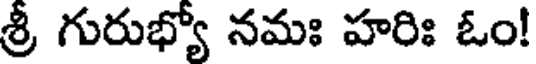
శ్రీ గురుభ్యో నమః హరిః ఓం!